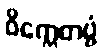
ဝိက္ကေတဗ္ဗံ